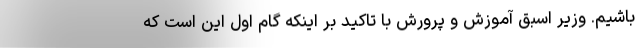
باشیم. وزیر اسبق آموزش و پرورش با تاکید بر اینکه گام اول این است که